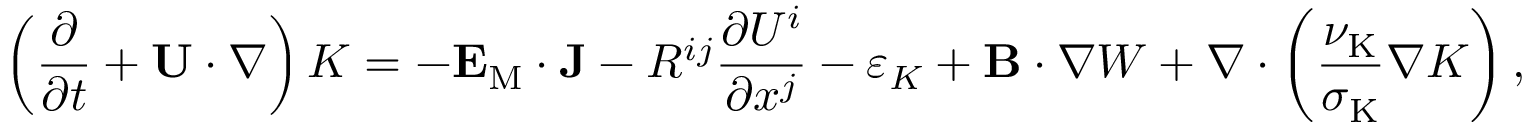
\left( { \frac { \partial } { \partial t } + { \bf { U } } \cdot \nabla } \right) K = - { \bf { E } } _ { \mathrm { { M } } } \cdot { \bf { J } } - { \cal { R } } ^ { i j } \frac { \partial U ^ { i } } { \partial x ^ { j } } - \varepsilon _ { K } + { \bf { B } } \cdot \nabla W + \nabla \cdot \left( { \frac { \nu _ { \mathrm { { K } } } } { \sigma _ { \mathrm { { K } } } } \nabla K } \right) ,